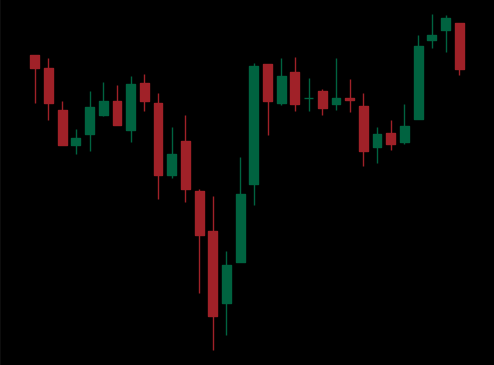
Pattern: inverse_head_shoulders